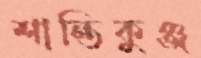
শান্তিকুঞ্জ